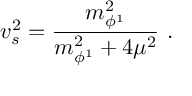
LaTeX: v _ { s } ^ { 2 } = { \frac { m _ { \phi ^ { 1 } } ^ { 2 } } { m _ { \phi ^ { 1 } } ^ { 2 } + 4 \mu ^ { 2 } } } \ .